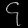
Digit: ၄